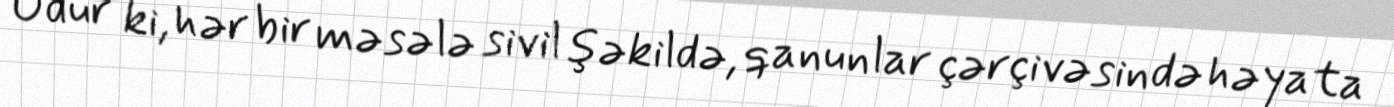
Odur ki, hər bir məsələ sivil şəkildə, qanunlar çərçivəsində həyata